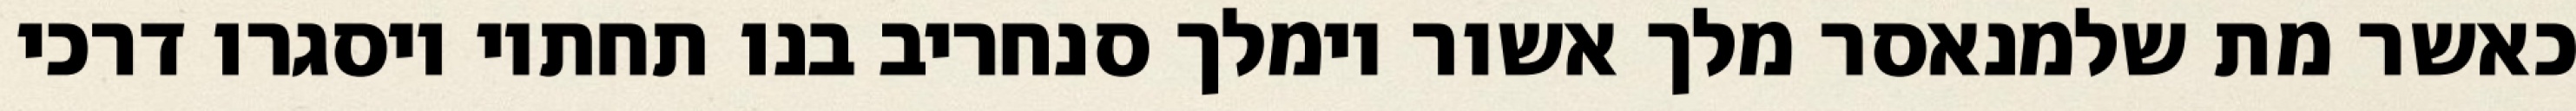
כאשר מת שלמנאסר מלך אשור וימלך סנחריב בנו תחתיו ויסגרו דרכי